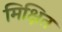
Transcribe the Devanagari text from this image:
मिक्षित